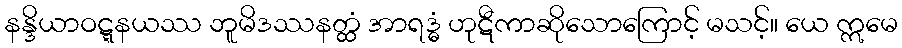
နန္ဒိယာဝဋ္ဋနယဿ ဘူမိဒဿနတ္ထံ အာရဒ္ဓံ ဟုဋီကာဆိုသောကြောင့် မသင့်။ ယေ ဣမေ